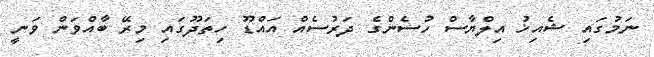
ނަމުގައި ޝެއިޚު އިލްޔާސް ހުސެންގެ ދަރުސެއް އައްޑޫ ހިތަދޫގައި މިރޭ ބާއްވަން ވަނީ